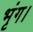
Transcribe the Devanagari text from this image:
भृंग।